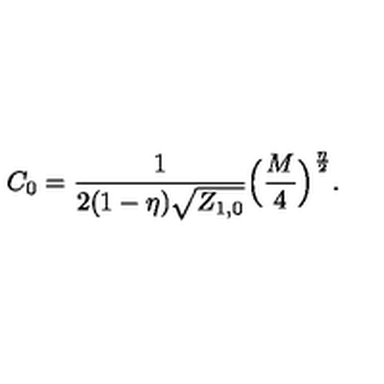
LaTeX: C _ { 0 } = \frac { 1 } { 2 ( 1 - \eta ) \sqrt { { { Z } } _ { 1 , 0 } } } \Big ( \frac { M } { 4 } \Big ) ^ { \frac { \eta } { 2 } } .